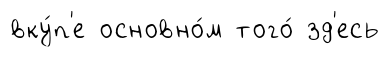
вку́п'е основно́м того́ зд'есь